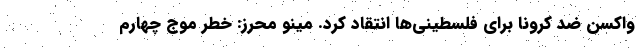
واکسن‌ ضد کرونا برای فلسطینی‌ها انتقاد کرد. مینو محرز: خطر موج چهارم